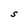
Character: S